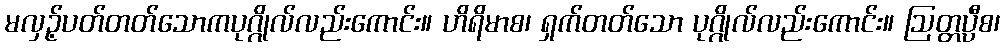
မလှဉ့်ပတ်တတ်သောကပုဂ္ဂိုလ်လည်းကောင်း။ ဟိရိမာစ၊ ရှက်တတ်သော ပုဂ္ဂိုလ်လည်းကောင်း။ ဩတ္တပ္ပီစ၊